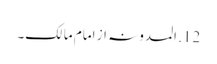
12. المدونہ از امام مالک۔